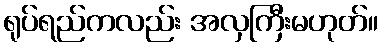
ရုပ်ရည်ကလည်း အလှကြီးမဟုတ်။